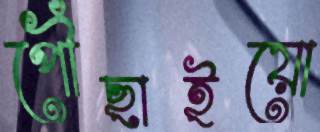
পৌঁছাইয়ো